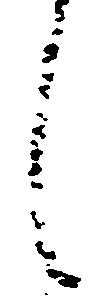
し